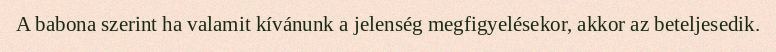
A babona szerint ha valamit kívánunk a jelenség megfigyelésekor, akkor az beteljesedik.